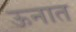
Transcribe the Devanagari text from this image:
ऊनात